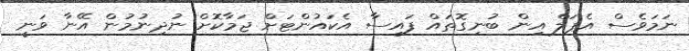
ނަމަވެސް އެޕަލް އިން ބުނިގޮތައް ފައިސާ އެކައުންޓަށް ޖަމާކޮށް ނުދިނުމުން އޭނާ ވަނީ